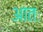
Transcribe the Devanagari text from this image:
आतः